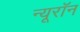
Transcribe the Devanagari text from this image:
न्‍यूरॉन